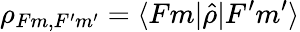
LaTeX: \rho_{Fm,F^{\prime}m^{\prime}}=\langle Fm|\hat{\rho}|F^{\prime}m^{\prime}\rangle